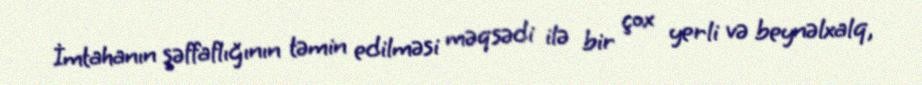
İmtahanın şəffaflığının təmin edilməsi məqsədi ilə bir çox yerli və beynəlxalq,